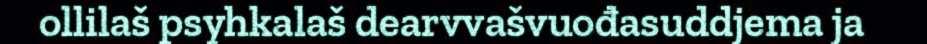
ollilaš psyhkalaš dearvvašvuođasuddjema ja